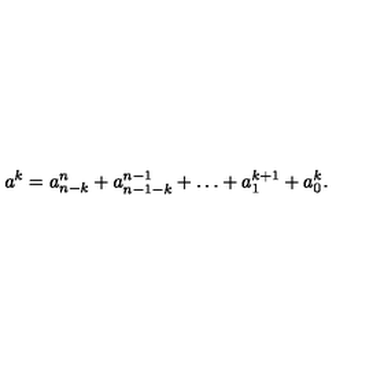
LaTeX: a ^ { k } = a _ { n - k } ^ { n } + a _ { n - 1 - k } ^ { n - 1 } + \dots + a _ { 1 } ^ { k + 1 } + a _ { 0 } ^ { k } .